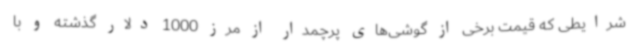
شرایطی که قیمت برخی از گوشی‌های پرچمدار از مرز 1000 دلار گذشته و با